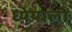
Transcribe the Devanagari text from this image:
ध्येयाला